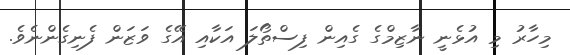
މިހާރު މި އުޅެނީ ނާޒިމްގެ ގެއިން ފިސްތޯލަ އަކާއި އޭގެ ވަޒަން ފެނިގެންނެވެ.